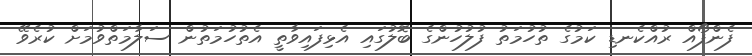
ފެންފޯއް ރުއްކެނޑި ކަމުގެ ތުހުމަތު ފުލުހުންގެ ބޮލުގައި އެޅިފައިވާތީ އެތުހުމަތުން ސަލާމަތްވުމަށް ކުރެވޭ